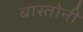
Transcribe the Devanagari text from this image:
बास्तोनी